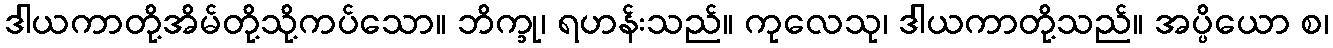
ဒါယကာတို့အိမ်တို့သို့ကပ်သော။ ဘိက္ခု၊ ရဟန်းသည်။ ကုလေသု၊ ဒါယကာတို့သည်။ အပ္ပိယော စ၊